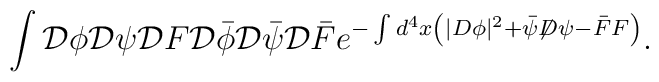
\int {\cal D}\phi {\cal D}\psi {\cal D}F        {\cal D}\bar{\phi} {\cal D}\bar{\psi} {\cal D}\bar{F}        e^{-\int d^{4}x \left( |D\phi|^{2} + \bar{\psi} {\not D}        \psi - \bar{F} F\right)} .